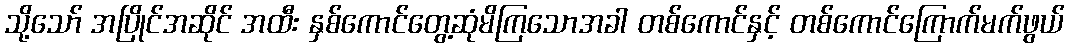
သို့သော် အပြိုင်အဆိုင် အထီး နှစ်ကောင်တွေ့ဆုံမိကြသောအခါ တစ်ကောင်နှင့် တစ်ကောင်ကြောက်မက်ဖွယ်